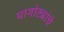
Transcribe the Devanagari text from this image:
पागोट्यांचे